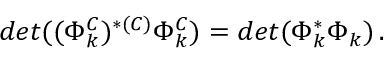
d e t ( ( \Phi _ { k } ^ { C } ) ^ { * ( C ) } \Phi _ { k } ^ { C } ) = d e t ( \Phi _ { k } ^ { * } \Phi _ { k } ) \, .